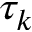
\tau _ { k }